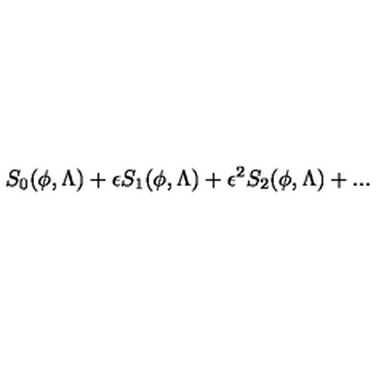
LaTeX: S _ { 0 } ( \phi , \Lambda ) + \epsilon S _ { 1 } ( \phi , \Lambda ) + \epsilon ^ { 2 } S _ { 2 } ( \phi , \Lambda ) + . . .